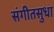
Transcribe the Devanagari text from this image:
संगीतसुधा